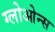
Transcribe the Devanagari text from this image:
ग्लोओन्स